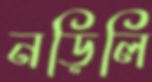
নড়িলি